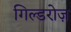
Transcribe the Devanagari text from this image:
गिल्डरोज़